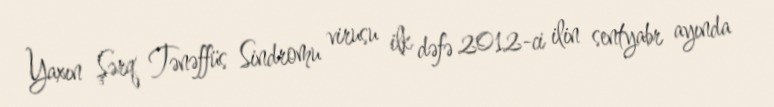
Yaxın Şərq Tənəffüs Sindromu virusu ilk dəfə 2012-ci ilin sentyabr ayında